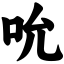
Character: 吮